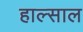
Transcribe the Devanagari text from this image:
हाल्साल